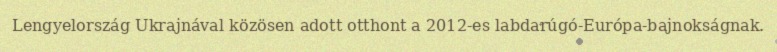
Lengyelország Ukrajnával közösen adott otthont a 2012-es labdarúgó-Európa-bajnokságnak.